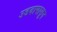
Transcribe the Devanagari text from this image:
उडदापासून